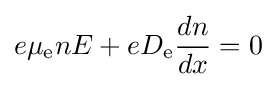
e\mu _{\text{e}}nE+eD_{\text{e}}{\frac {dn}{dx}}=0